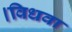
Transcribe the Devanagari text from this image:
।विधवा